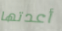
أعدتها